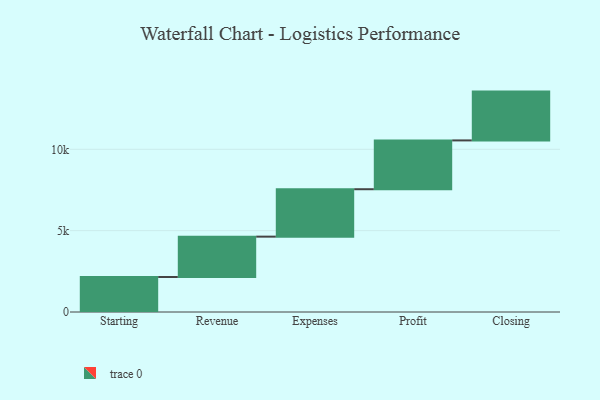
{"axis": {"x": "Step", "y": "Value"}, "legend": [""], "data": [{"x": "Starting", "y": 2151.0, "type": ""}, {"x": "Revenue", "y": 2481.0, "type": ""}, {"x": "Expenses", "y": 2915.0, "type": ""}, {"x": "Profit", "y": 3000, "type": ""}, {"x": "Closing", "y": 3000, "type": ""}]}